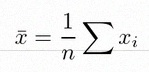
\bar{x}=\frac1n\sum x_i